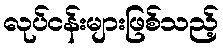
လုပ်ငန်းများဖြစ်သည့်